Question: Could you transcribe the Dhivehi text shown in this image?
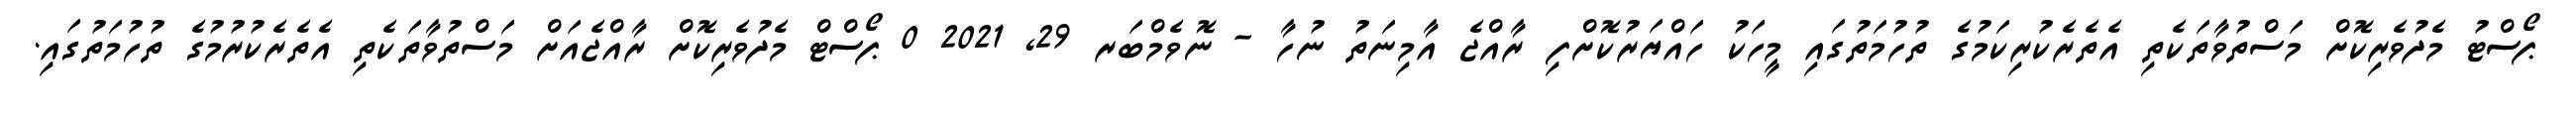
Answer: ޕޯސްޓު މެދުވެރިކޮށް މަސްތުވާތަކެތި އެތެރެކުރިކަމުގެ ތުހުމަތުގައި މީހަކު ހައްޔަރުކޮށްފި ރާއްޖެ އާމިނަތު ނުހާ - ނޮވެމްބަރ 29, 2021 0 ޕޯސްޓް މެދުވެރިކޮށް ރާއްޖެއަށް މަސްތުވާތަކެތި އެތެރެކުރުމުގެ ތުހުމަތުގައި.